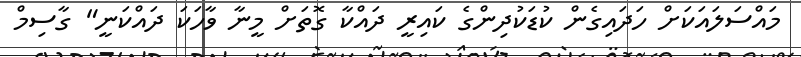
މައްސަލައަކަށް ހަދައިގެން ކުޑަކުދިންގެ ކައިރީ ދައްކާ ގޮތަށް މީނާ ވާހަކަ ދައްކަނީ" ގާސިމް